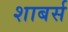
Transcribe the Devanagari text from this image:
शाबर्स